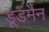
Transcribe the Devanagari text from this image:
डूडमैन